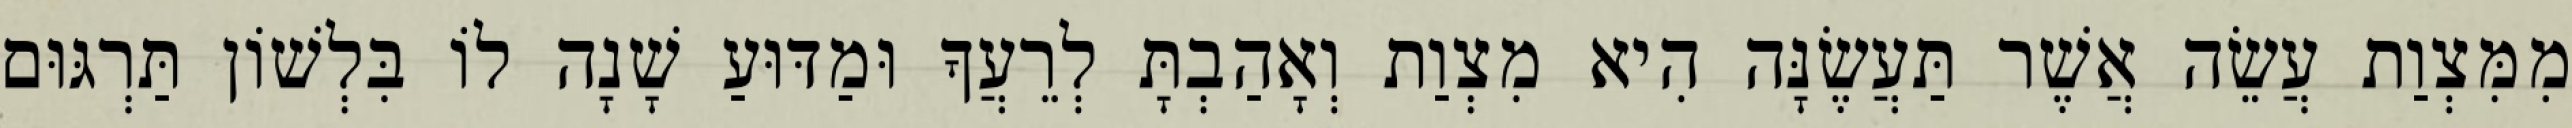
מִמִּצְוַת עֲשֵׂה אֲשֶׁר תַּעֲשֶׂנָּה הִיא מִצְוַת וְאָהַבְתָּ לְרֵעֲךָ וּמַדּוּעַ שָׁנָה לוֹ בִּלְשׁוֹן תַּרְגּוּם